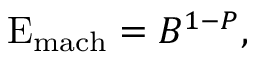
\mathrm { E } _ { \mathrm { m a c h } } = B ^ { 1 - P } ,